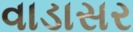
વાડાસર